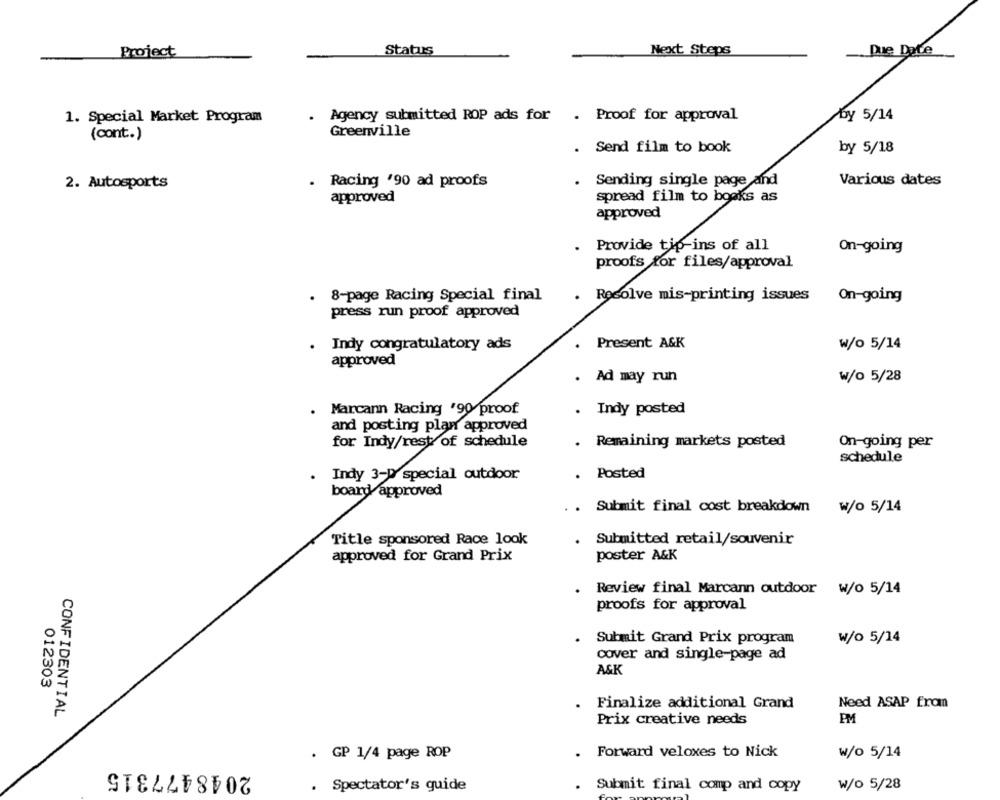
Project
Status
Next Steps
Due Date
1. Special Market Program
. Agency submitted ROP ads for . Proof for approval
by 5/14
(cont.)
Greenville
. Send film to book
by 5/18
2. Autosports
. Racing '90 ad proofs
Sending single page and
Various dates
approved
spread film to books as
approved
Provide tip-ins of all
On-going
proofs for files/approval
. 8-page Racing Special final
. Resolve mis-printing issues
On-going
press run proof approved
Present A&K
w/o 5/14
. Indy congratulatory ads
approved
. Ad may run
w/o 5/28
. Marcann Racing '90 proof.
. Indy posted
and posting plan approved
for Indy/rest of schedule
. Remaining markets posted
On-going per
schedule
. Indy 3-D special outdoor
. Posted
board approved
. Submit final cost breakdown
w/o 5/14
Title sponsored Race look
. Submitted retail/souvenir
approved for Grand Prix
poster A&K
Review final Marcann outdoor W/o 5/14
proofs for approval
Submit Grand Prix program
w/o 5/14
cover and single-page ad
A&K
012303
Need ASAP from
Finalize additional Grand
CONFIDENTIAL
Prix creative needs
PM
Forward veloxes to Nick
. GP 1/4 page ROP
.
w/o 5/14
2048477315
. Spectator's guide
. Submit final comp and copy
w/o 5/28